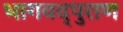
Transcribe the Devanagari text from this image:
भागवद्पुराण